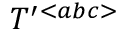
{ \cal T } ^ { \prime } { } ^ { < a b c > }